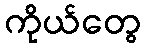
ကိုယ်တွေ